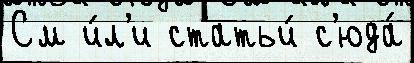
См и́л'и статьи́ с'юда́